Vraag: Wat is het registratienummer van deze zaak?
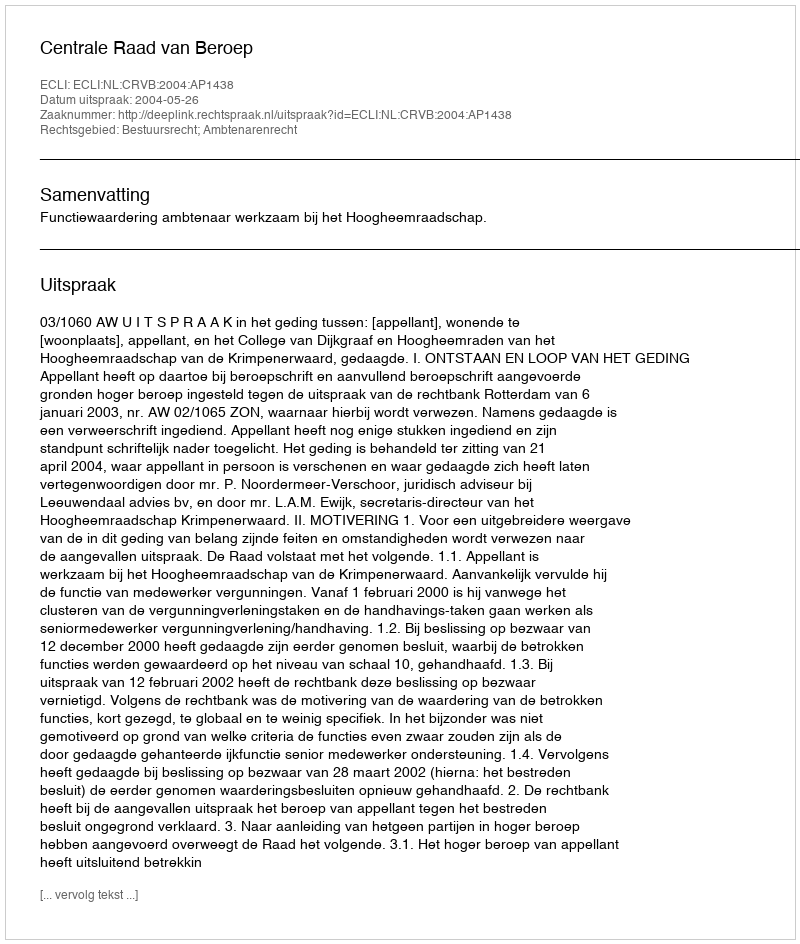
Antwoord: http://deeplink.rechtspraak.nl/uitspraak?id=ECLI:NL:CRVB:2004:AP1438